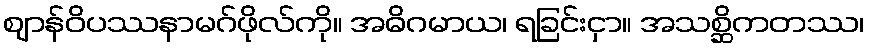
ဈာန်ဝိပဿနာမဂ်ဖိုလ်ကို။ အဓိဂမာယ၊ ရခြင်းငှာ။ အသစ္ဆိကတဿ၊